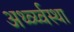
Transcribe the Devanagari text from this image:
अर्थ्व्य्वस्था